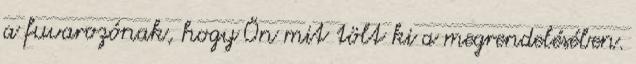
a fuvarozónak, hogy Ön mit tölt ki a megrendelésében.